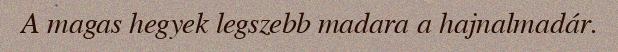
A magas hegyek legszebb madara a hajnalmadár.